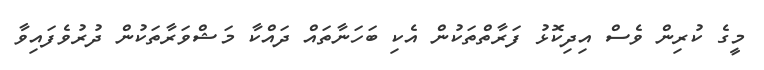
މީގެ ކުރިން ވެސް އިދިކޮޅު ފަރާތްތަކުން އެކި ބަހަނާތައް ދައްކާ މަޝްވަރާތަކުން ދުރުވެފައިވާ